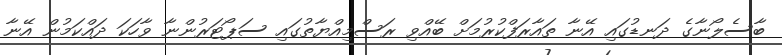
ބާސެލޯނާގެ ދަނޑުގައި އޭނާ ތައާރަފްކުރުމަށް ބޭއްވި ރަސްމިއްޔާތުގައި ސަޕޯޓަރުންނާ ވާހަކަ ދައްކަމުން އޭނާ